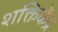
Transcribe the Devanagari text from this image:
शक्तिकेंद्र